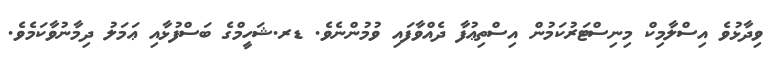
ވިދާޅުވެ އިސްލާމިކް މިނިސްޓަރުކަމުން އިސްތިޢުފާ ދެއްވާފައި ވުމުންނެވެ. ޑރ.ޝަހީމްގެ ބަސްފުޅާއި ޢަމަލު ދިމާނުވާކަމެވެ.